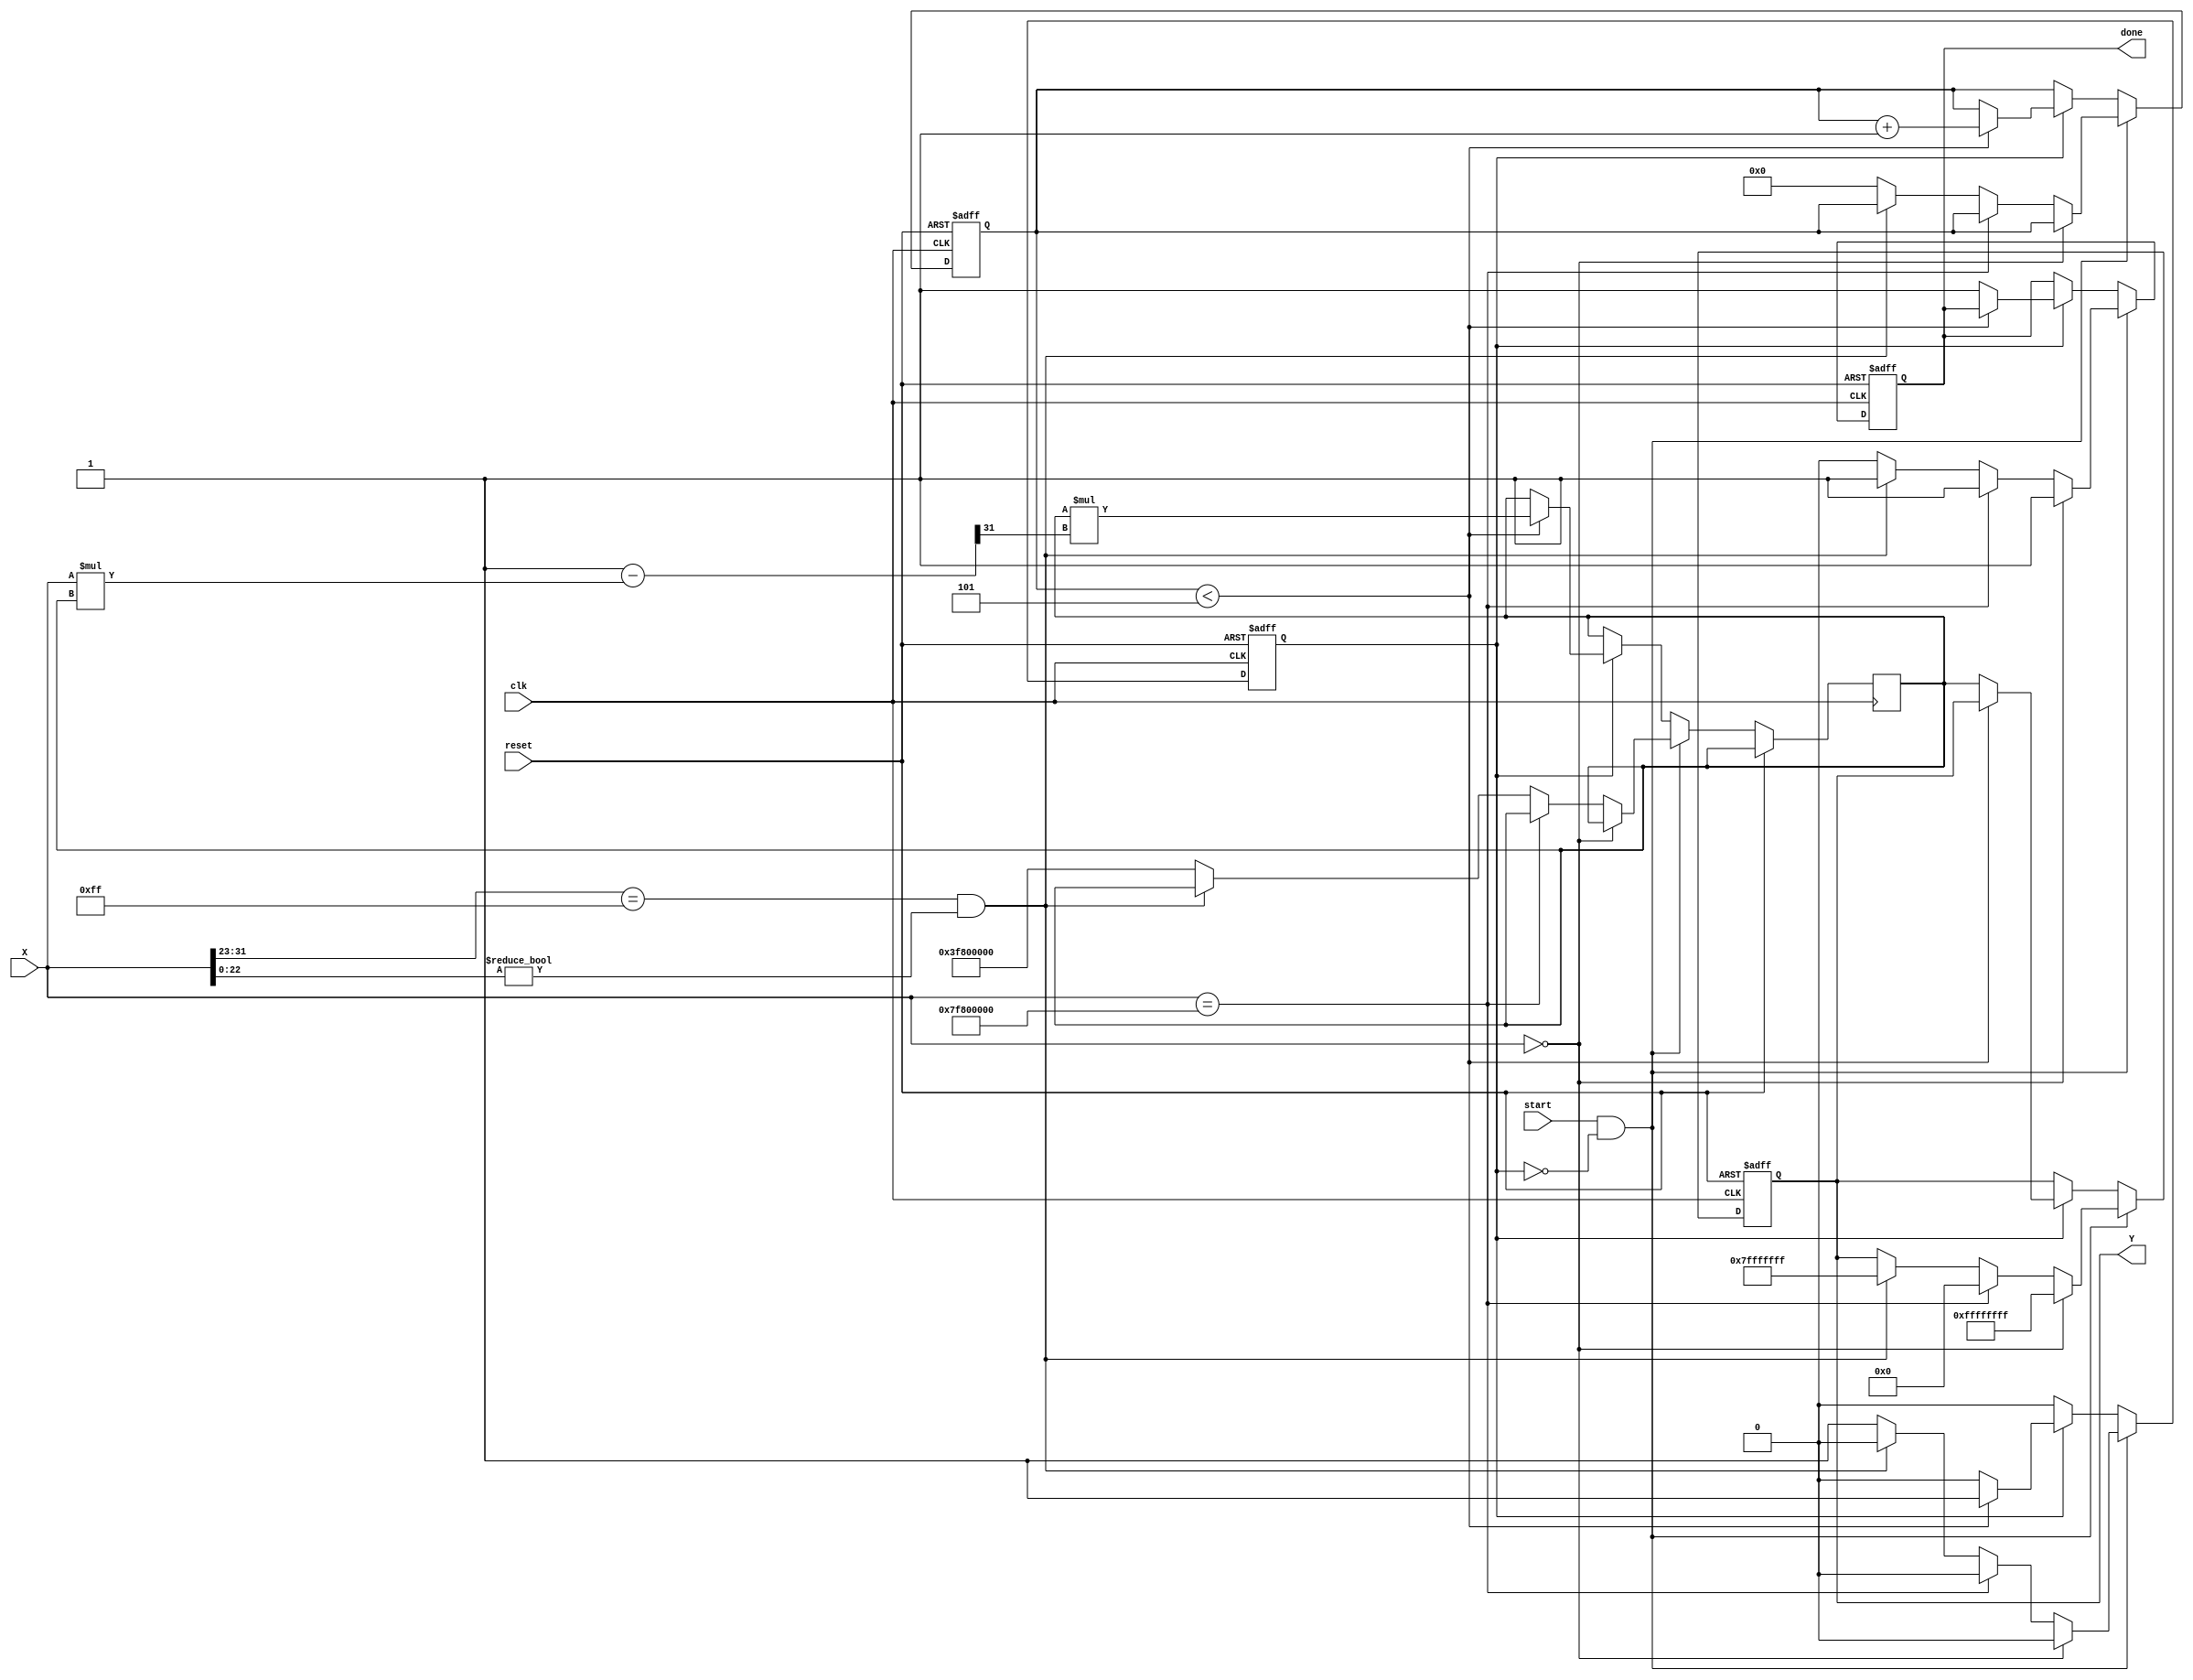
module DirectReciprocalUnit(
    input  wire        clk,          // Clock signal
    input  wire        reset,        // Reset signal
    input  wire        start,        // Start signal for computation
    input  wire [31:0] X,            // Input value (floating-point format)
    output reg  [31:0] Y,            // Output reciprocal
    output reg         done           // Done signal for computation completion
);

// Internal registers and signals
reg  [31:0] temp_rec;               // Temporary register for reciprocal
reg  [4:0]  iteration_count;         // Counter for iterations in Newton-Raphson
reg         busy;                    // Busy flag to indicate processing state

// Special cases handling
wire is_zero      = (X == 32'b0);
wire is_infinity  = (X == 32'h7F800000); // IEEE 754 representation for +Infinity
wire is_nan       = (X[31:23] == 8'hFF && X[22:0] != 23'b0); // IEEE 754 NaN

// Initialize output and state
always @(posedge clk or posedge reset) begin
    if (reset) begin
        Y       <= 32'b0;
        done    <= 1'b0;
        busy    <= 1'b0;
        iteration_count <= 5'b0;
    end else if (start && !busy) begin
        // Start the computation
        busy <= 1'b1;
        done <= 1'b0;

        // Handle special cases
        if (is_zero) begin
            Y <= 32'hFFFFFFFF; // Reciprocal of 0 is undefined; set to max for error.
            done <= 1'b1;
            busy <= 1'b0;
        end else if (is_infinity) begin
            Y <= 32'b0; // Reciprocal of infinity is 0
            done <= 1'b1;
            busy <= 1'b0;
        end else if (is_nan) begin
            Y <= 32'h7FFFFFFF; // Set to NaN representation
            done <= 1'b1;
            busy <= 1'b0;
        end else begin
            // Normal case, proceed with reciprocal calculation using Newton-Raphson method
            temp_rec <= 32'h3F800000; // Initial guess for 1/X (1.0 in IEEE 754)
            iteration_count <= 5'b0;
        end
    end else if (busy) begin
        // Newton-Raphson iteration for reciprocal calculation
        if (iteration_count < 5) begin
            temp_rec <= temp_rec * (2'h1 - (X * temp_rec) >> 31); // Update via Newton-Raphson
            iteration_count <= iteration_count + 1;
        end else begin
            Y <= temp_rec; // Final approximate result
            done <= 1'b1;  // Signal that the computation is done
            busy <= 1'b0;  // Reset busy flag
        end
    end
end

endmodule